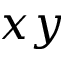
x y